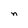
Character: n